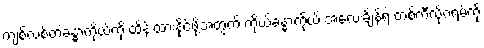
ကျစ်လစ်တဲ့ခန္ဓာကိုယ်ကို ထိန်းထားနိုင်ဖို့အတွက် ကိုယ့်ခန္ဓာကိုယ် အလေးချိန်ရဲ့ တစ်ကီလိုဂရမ်ကို